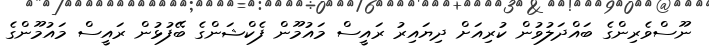
ނޫސްވެރިންގެ ބައްދަލުވުން ކުރިއަށް ދިޔައިރު ރައީސް މައުމޫން ފެކްޝަންގެ ބޭފުޅުން ރައީސް މައުމޫންގެ